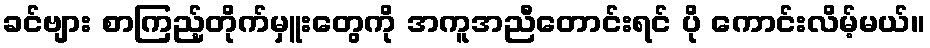
ခင်ဗျား စာကြည့်တိုက်မှူးတွေကို အကူအညီတောင်းရင် ပို ကောင်းလိမ့်မယ်။